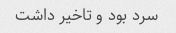
سرد بود و تاخیر داشت